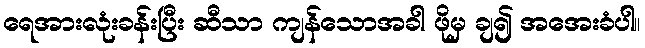
ရေအားလုံးခန်းပြီး ဆီသာ ကျန်သောအခါ ဖိုမှ ချ၍ အအေးခံပါ။